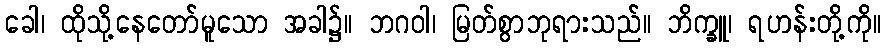
ခေါ၊ ထိုသို့နေတော်မူသော အခါ၌။ ဘဂဝါ၊ မြတ်စွာဘုရားသည်။ ဘိက္ခူ၊ ရဟန်းတို့ကို။